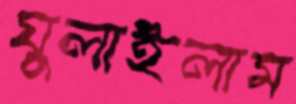
ঘুলাইলাম